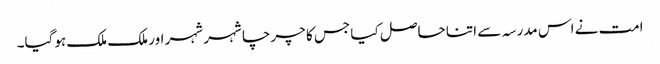
امت نے اس مدرسہ سے اتنا حاصل کیا جس کا چرچا شہر شہر اور ملک ملک ہوگیا۔